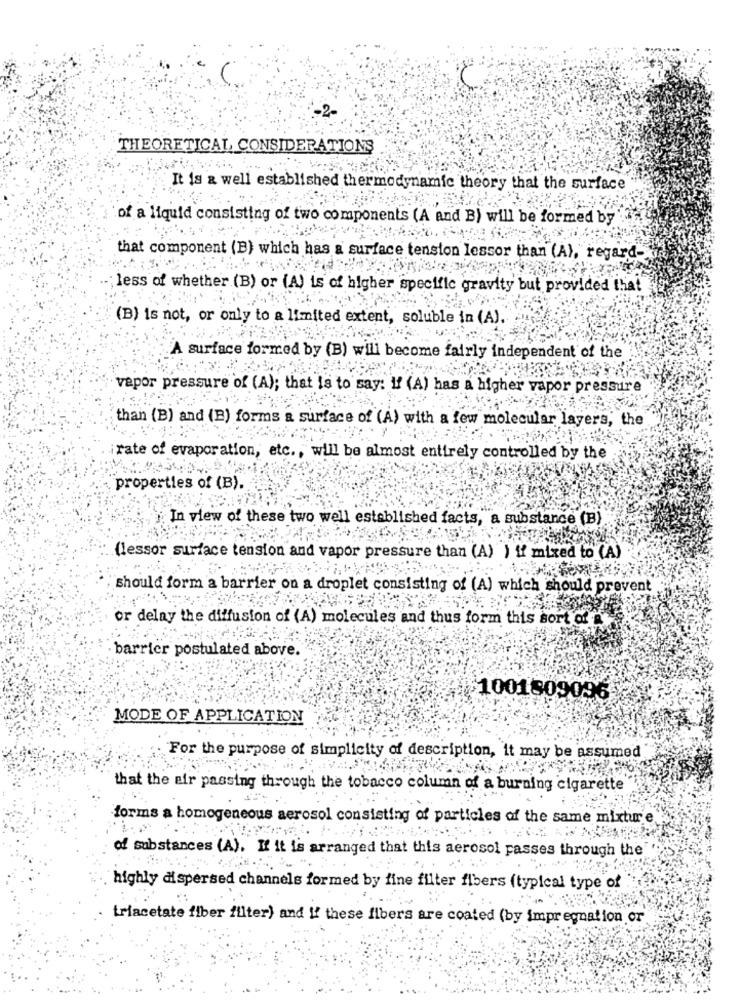
THEORETICAL, CONSIDERATIONS
It is a well established thermodynamic theory that the surface
of a liquid consisting of two components (A and B) will be formed by
that component (B) which has a surface tension lessor than (A), regard-
; less of whether (B) or (A) is of higher specific gravity but provided that
(B) is not, or only to a limited extent, soluble in (A).
A surface formed by (B) will become fairly independent of the
vapor pressure of (A); that is to say: If (A) has a higher vapor pressure
than (B) and (E) forms a surface of (A) with a few molecular layers, the
rate of evaporation, etc ., will be almost entirely controlled by the
properties of (B).
In view of these two well established facts, a substance (B)
(lessor surface tension and vapor pressure than (A) ) if mixed to (A)
should form a barrier on a droplet consisting of (A) which should prevent
or delay the diffusion of (A) molecules and thus form this sort of
barrier postulated above.
1001809096
MODE OF APPLICATION
For the purpose of simplicity of description, it may be assumed
that the air passing through the tobacco column of a burning cigarette
forms a homogeneous aerosol consisting of particles of the same mixture
of substances (A). If it is arranged that this aerosol passes through the
highly dispersed channels formed by fine filter fibers (typical type of
triacetate fiber filter) and !! these fibers are coated (by impregnation or